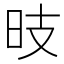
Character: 𱡺